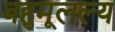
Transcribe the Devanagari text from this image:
बहुमूलल्य